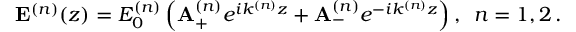
{ \bf E } ^ { ( n ) } ( z ) = E _ { 0 } ^ { ( n ) } \left( { \bf A } _ { + } ^ { ( n ) } e ^ { i k ^ { ( n ) } z } + { \bf A } _ { - } ^ { ( n ) } e ^ { - i k ^ { ( n ) } z } \right) , \, \, \, n = 1 , 2 \, .